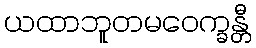
ယထာဘူတမဝေက္ခန္တီ